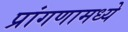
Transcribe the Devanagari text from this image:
प्रांगणामध्ये